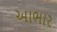
અાભાર